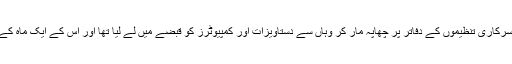
قاہرہ میں پولیس نے گزشتہ سال دسمبر میں سترہ این جی اوز یا غیر سرکاری تنظیموں کے دفاتر پر چھاپہ مار کر وہاں سے دستاویزات اور کمپیوٹرز کو قبضے میں لے لیا تھا اور اس کے ایک ماہ کے بعد ان تنظیموں سے ارکان پر سفری پابندیاں عائد کر دی گئیں تھیں۔